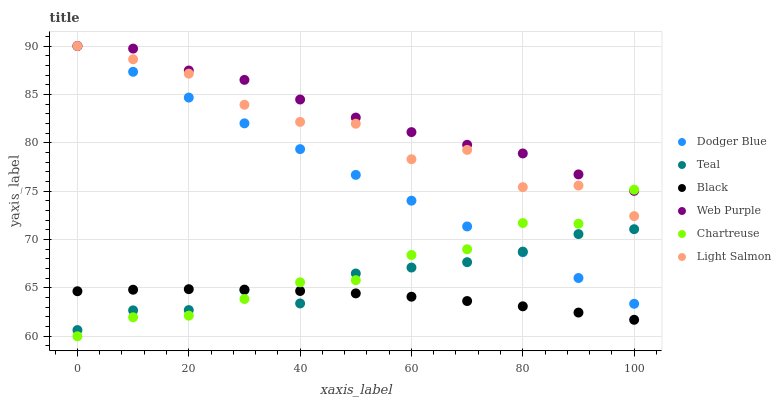
| xaxis_label | Dodger Blue | Teal | Black | Web Purple | Chartreuse | Light Salmon |
 | --- | --- | --- | --- | --- | --- | --- |
 | 0 | 90 | 60.6 | 64.7 | 90 | 60 | 90 |
 | 10 | 87.3 | 62.7 | 64.8 | 89.7 | 62 | 88.6 |
 | 20 | 84.7 | 62.7 | 64.9 | 87.5 | 62.1 | 87.1 |
 | 30 | 82 | 64.8 | 64.8 | 86.5 | 63.8 | 83.9 |
 | 40 | 79.3 | 63.4 | 64.7 | 84.5 | 65.6 | 82.2 |
 | 50 | 76.7 | 66.5 | 64.4 | 82.6 | 65.8 | 82 |
 | 60 | 74 | 67.1 | 64.1 | 81.1 | 68.4 | 78.3 |
 | 70 | 71.3 | 67.7 | 63.6 | 79.8 | 69 | 79.3 |
 | 80 | 68.7 | 68.7 | 63.1 | 78.9 | 71.7 | 75.4 |
 | 90 | 66 | 70.6 | 62.4 | 76.7 | 71.6 | 75.6 |
 | 100 | 63.4 | 71.1 | 61.7 | 75 | 75.1 | 72.4 |